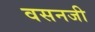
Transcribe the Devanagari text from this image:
वसनजी